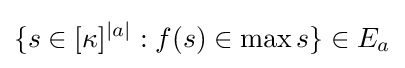
\{s\in [\kappa ]^{|a|}:f(s)\in \max s\}\in E_{a}